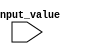
module case_statement_example(
    input wire [2:0] input_value
);

initial begin
    case(input_value)
        3'b000: begin
            // Code to execute when input_value is 000
        end
        3'b001: begin
            // Code to execute when input_value is 001
        end
        3'b010: begin
            // Code to execute when input_value is 010
        end
        3'b011: begin
            // Code to execute when input_value is 011
        end
        default: begin
            // Code to execute for any other input_value
        end
    endcase
end

endmodule